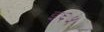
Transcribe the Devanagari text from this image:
इ६५